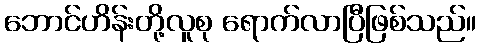
ဘောင်ဟိန်းတို့လူစု ရောက်လာပြီဖြစ်သည်။